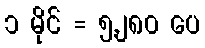
၁ မိုင် = ၅,၂၈၀ ပေ